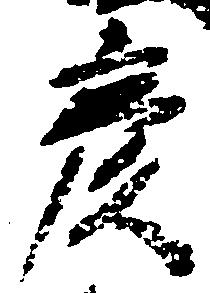
彦